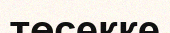
төсекке